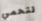
لتحمي